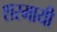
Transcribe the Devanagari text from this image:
शरमायी